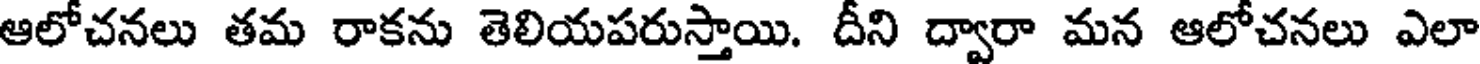
ఆలోచనలు తమ రాకను తెలియపరుస్తాయి. దీని ద్వారా మన ఆలోచనలు ఎలా